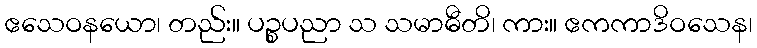
ဧသေဝနယော၊ တည်း။ ပဉ္စပညာ သ သမာဓီတိ၊ ကား။ ဧကကာဒိဝသေန၊